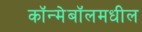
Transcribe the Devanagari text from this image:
कॉन्मेबॉलमधील